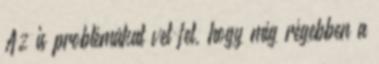
Az is problémákat vet fel, hogy míg régebben a